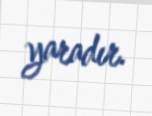
yaradır.